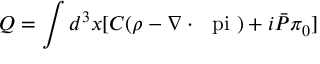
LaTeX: Q = \int d ^ { 3 } x [ C ( \rho - \nabla \cdot \mathrm { \boldmath ~ \ p i ~ } ) + i \bar { { \cal P } } \pi _ { 0 } ]